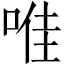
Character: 𱓊